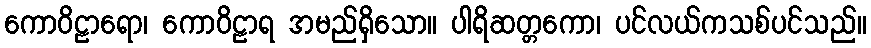
ကောဝိဠာရော၊ ကောဝိဠာရ အမည်ရှိသော။ ပါရိဆတ္တကော၊ ပင်လယ်ကသစ်ပင်သည်။